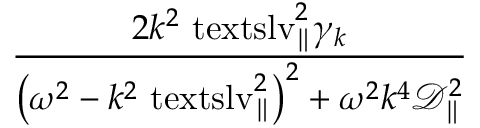
\displaystyle \frac { 2 k ^ { 2 } \ensuremath { \mathrm { \ t e x t s l { v } } _ { \parallel } } ^ { 2 } \gamma _ { k } } { \bigl ( \omega ^ { 2 } - k ^ { 2 } \ensuremath { \mathrm { \ t e x t s l { v } } _ { \parallel } } ^ { 2 } \bigr ) ^ { 2 } + \omega ^ { 2 } k ^ { 4 } \mathcal { D } _ { \parallel } ^ { 2 } }